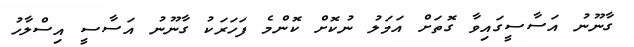
ގާނޫނު އަސާސީގައިވާ ގޮތަށް އަމަލު ނުކޮށް ކޮންމެ ފަހަރަކު ގާނޫނު އަސާސީ އިސްލާހު